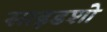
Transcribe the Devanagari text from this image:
साइडशो